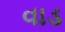
વાડ